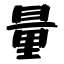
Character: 量